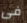
فى